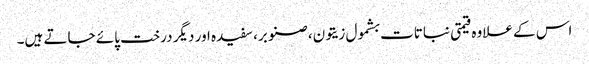
اس کے علاوہ قیمتی نباتات بشمول زیتون، صنوبر، سفیدہ اور دیگر درخت پائے جاتے ہیں۔